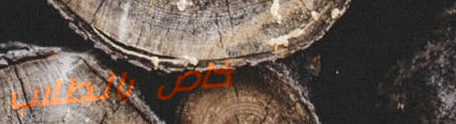
خاص بالطلاب